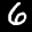
Label: 6